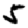
Digit: 5